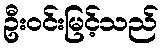
ဦးဝင်းမြင့်သည်